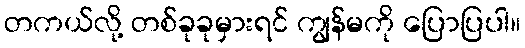
တကယ်လို့ တစ်ခုခုမှားရင် ကျွန်မကို ပြောပြပါ။